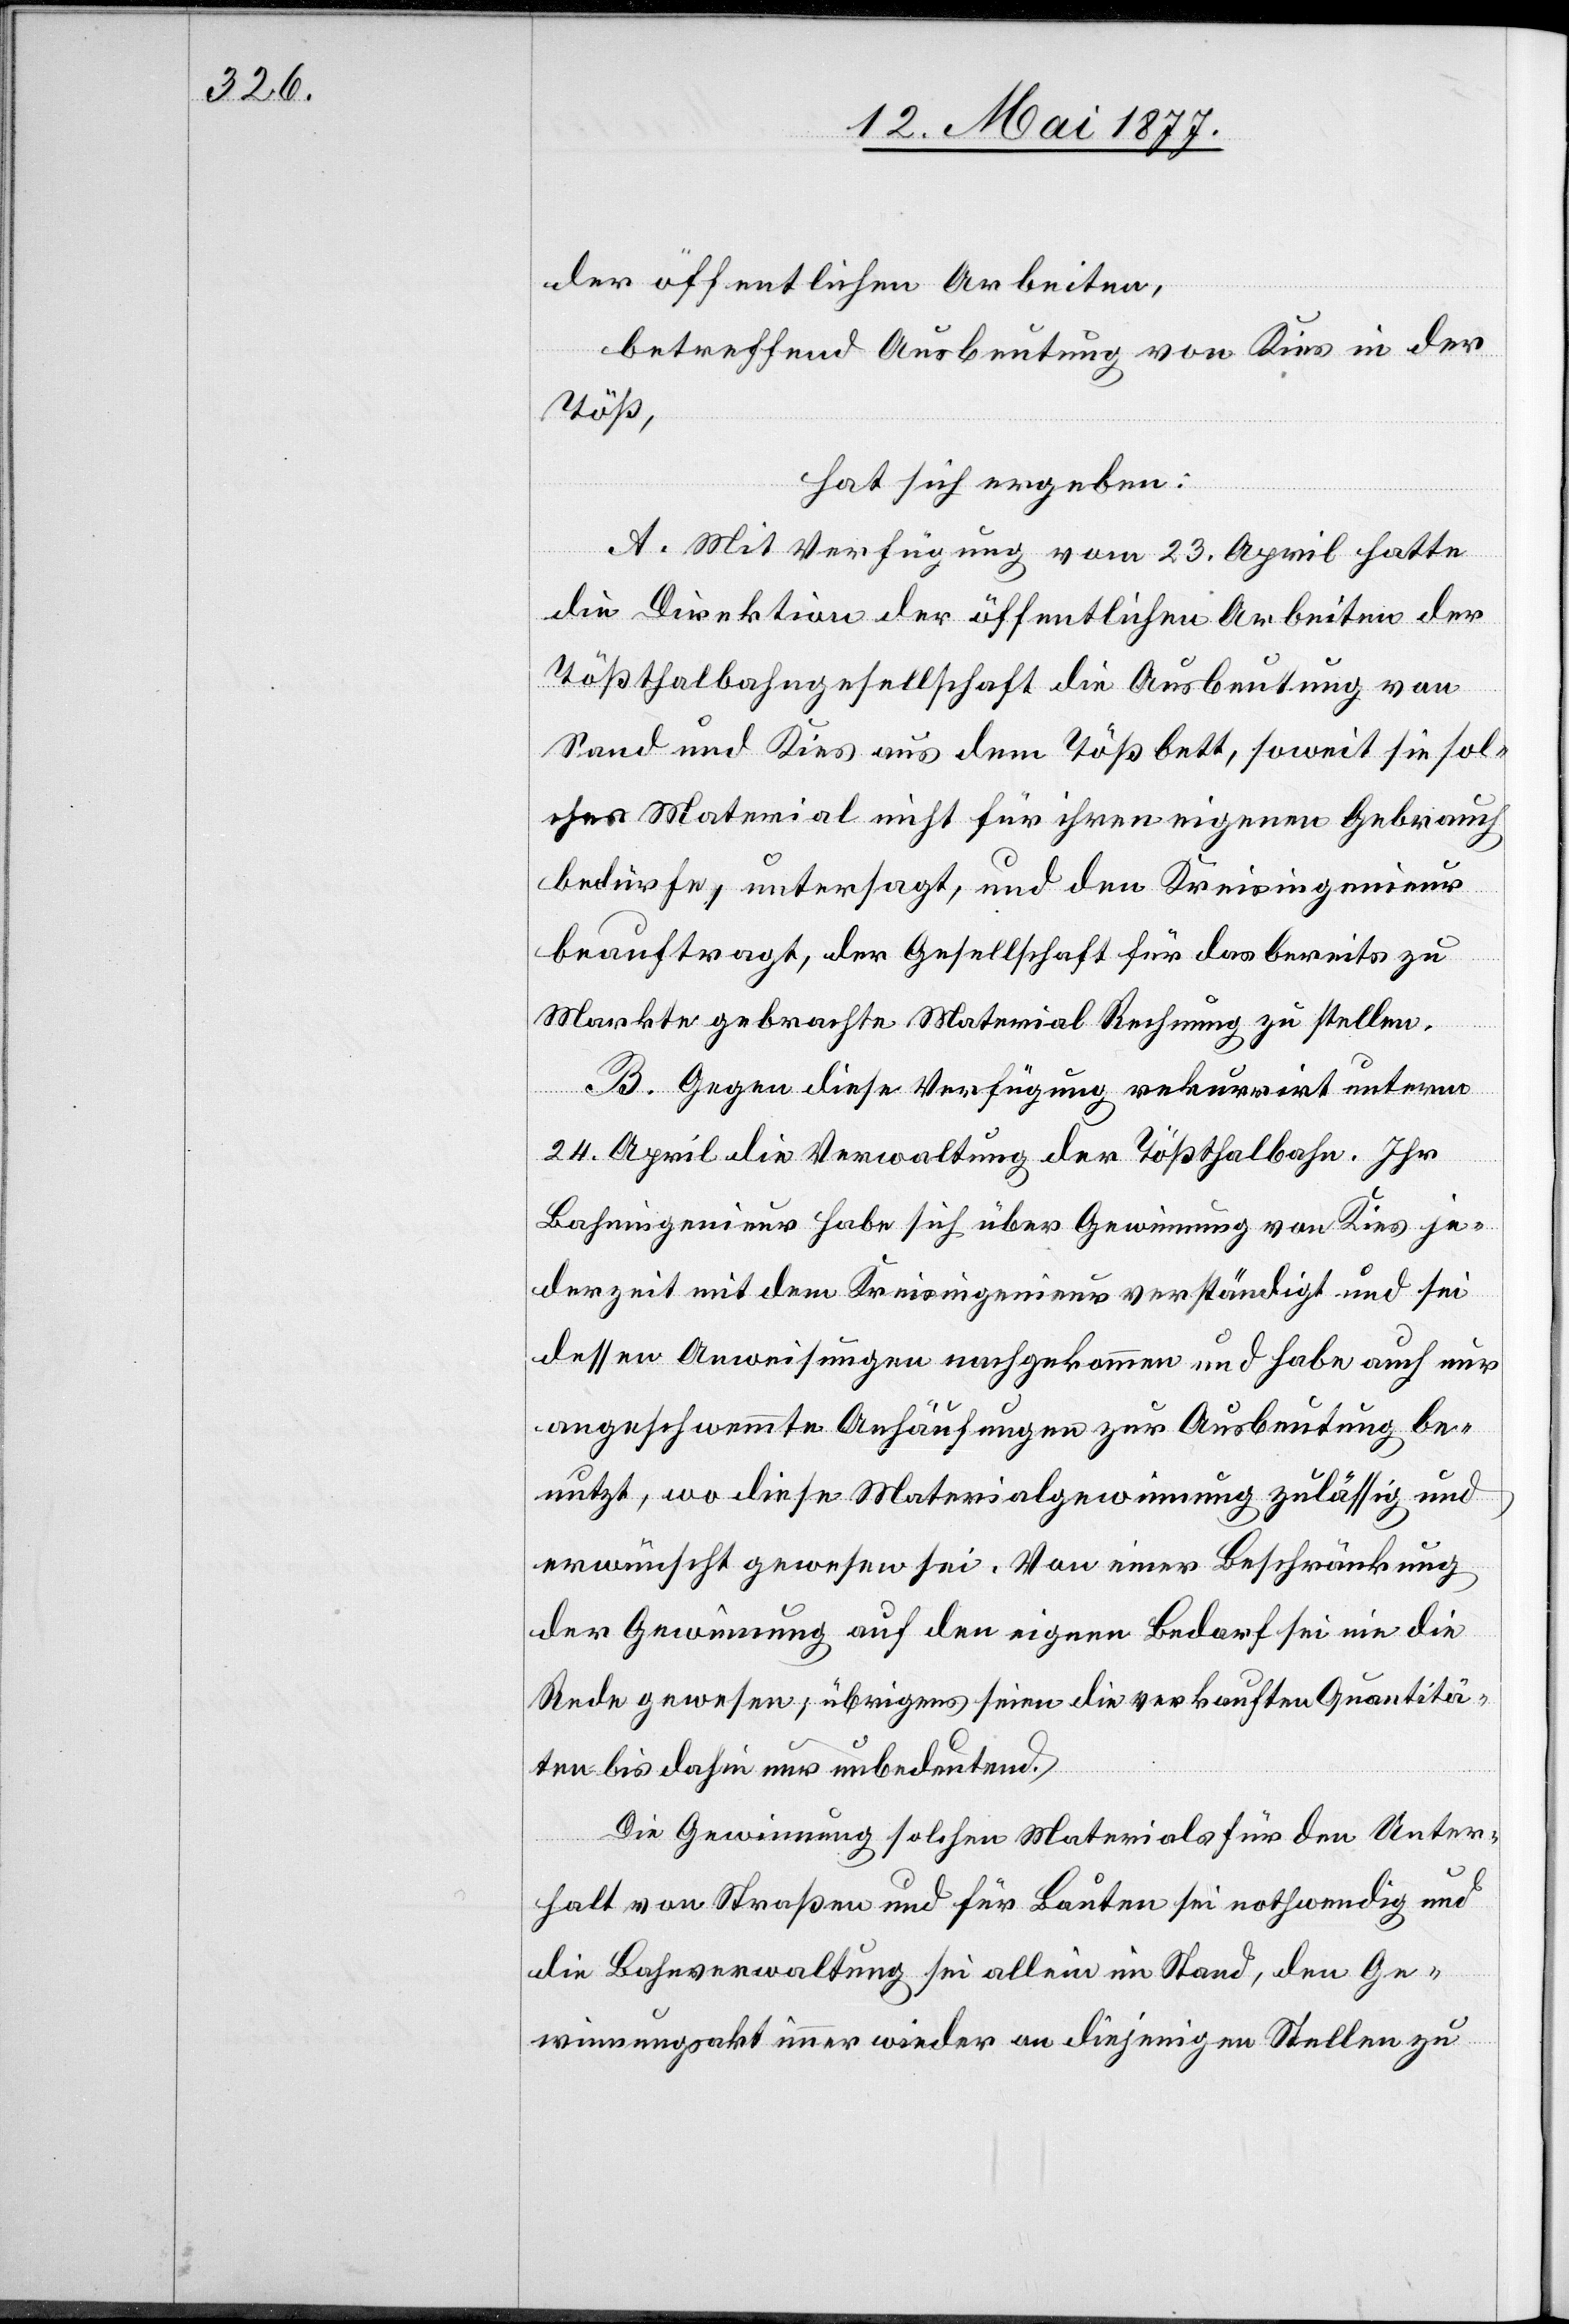
der öffentlichen Arbeiten,
betreffend Ausbeutung von Kies in der
Töß,
hat sich ergeben:
A. Mit Verfügung vom 23. April hatte
die Direktion der öffentlichen Arbeiten der
Tößthalbahngesellschaft die Ausbeutung von
Sand und Kies aus dem Tößbett, soweit sie sol¬
ches Material nicht für ihren eigenen Gebrauch
bedürfe [sic!], untersagt, und den Kreisingenieur
beauftragt, der Gesellschaft für das bereits zu
Markte gebrachte Material Rechnung zu stellen.
B. Gegen diese Verfügung rekurrirt unterm
24. April die Verwaltung der Tößthalbahn. Ihr
Bahningenieur habe sich über Gewinnung von Kies je¬
derzeit mit dem Kreisingenieur verständigt und sei
dessen Anweisungen nachgekommen und habe auch nur
angeschwemmte Anhäufungen zur Ausbeutung be¬
nutzt, wo diese Materialgewinnung zulässig und
erwünscht gewesen sei. Von einer Beschränkung
der Gewinnung auf den eignen Bedarf sei nie die
Rede gewesen; übrigens seien die verkauften Quantitä¬
ten bis dahin nur unbedeutend.
Die Gewinnung solchen Materials für den Unter¬
halt von Straßen und für Bauten sei nothwendig und
die Bahnverwaltung sei allein im Stand, den Ge¬
winnungsakt immer wieder an diejenigen Stellen zu